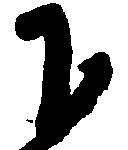
下